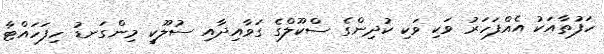
ހަފުތާއަކު އެއްފަހަރު ވަކި ވަކި ކުދިންގެ ސްކޫލްގެ ގަވާއިދާއި ސުލޫކީ މިންގަނޑު ހިފަހައްޓާ